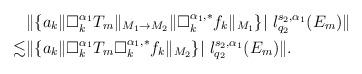
LaTeX: \begin{align*}&\|\{a_k\|\Box_k^{\alpha_1}T_m\|_{M_1\rightarrow M_2}\|\Box_k^{\alpha_1,\ast}f_k\|_{M_1}\}|~l_{q_2}^{s_2,\alpha_1}(E_m)\| \\\lesssim&\|\{a_k\|\Box_k^{\alpha_1}T_m\Box_k^{\alpha_1,\ast}f_k\|_{M_2}\}|~l_{q_2}^{s_2,\alpha_1}(E_m)\|.\end{align*}